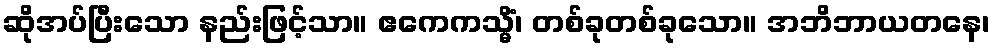
ဆိုအပ်ပြီးသော နည်းဖြင့်သာ။ ဧကေကသ္မိံ၊ တစ်ခုတစ်ခုသော။ အဘိဘာယတနေ၊